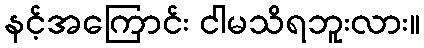
နင့်အကြောင်း ငါမသိရဘူးလား။